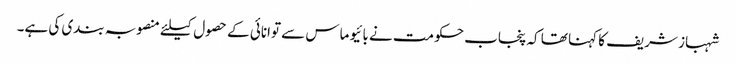
شہباز شریف کا کہنا تھا کہ پنجاب حکومت نے بائیو ماس سے توانائی کے حصول کیلئے منصوبہ بندی کی ہے۔